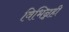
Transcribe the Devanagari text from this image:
विभिन्नही